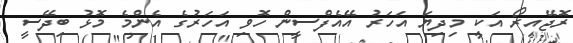
ރޮޖޭއިރޯ އަކީ މިދިޔަ އަހަރު އޭއެފްސީން ހޮވި އަހަރުގެ އެންމެ މޮޅު ބިދޭސީ